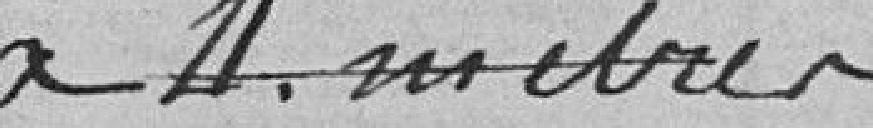
à 4 mètres ....